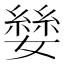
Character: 𪦥